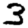
Digit: 3